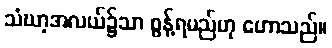
သံဃာ့အလယ်၌သာ စွန့်ရမည်ဟု ဟောသည်။